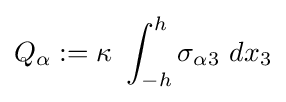
Q_{\alpha }:=\kappa ~\int _{-h}^{h}\sigma _{\alpha 3}~dx_{3}